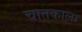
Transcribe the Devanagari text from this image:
चातकाला